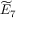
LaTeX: { \widetilde { E } } _ { 7 }